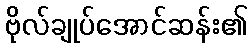
ဗိုလ်ချုပ်အောင်ဆန်း၏